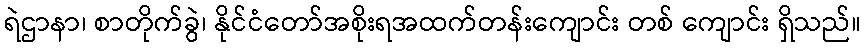
ရဲဌာနာ၊ စာတိုက်ခွဲ၊ နိုင်ငံတော်အစိုးရအထက်တန်းကျောင်း တစ် ကျောင်း ရှိသည်။